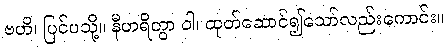
ဗဟိ၊ ပြင်ပသို့။ နီဟရိတွာ ဝါ၊ ထုတ်ဆောင်၍သော်လည်းကောင်း။